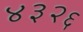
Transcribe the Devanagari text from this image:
४३२६